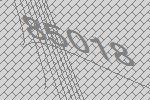
85018